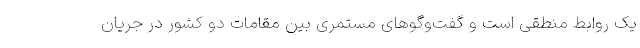
یک روابط منطقی است و گفت‌وگوهای مستمری بین مقامات دو کشور در جریان